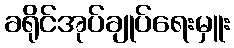
ခရိုင်အုပ်ချုပ်ရေးမှူး